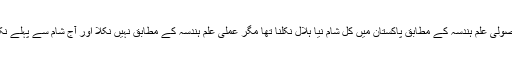
کورے یا اصولی علم ہندسہ کے مطابق پاکستان میں کل شام نیا ہلال نکلنا تھا مگر عملی علم ہندسہ کے مطابق نہیں نکلا اور آج شام سے پہلے نکل آئے گا ۔